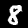
Label: 8